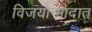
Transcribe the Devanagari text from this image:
विजयोन्मादात